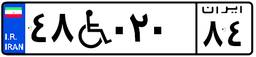
۴۸W۰۲۰۸۴